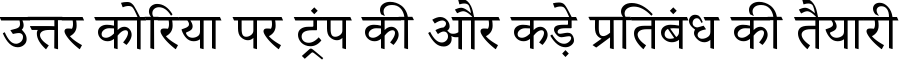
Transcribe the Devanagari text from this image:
उत्तर कोरिया पर ट्रंप की और कड़े प्रतिबंध की तैयारी